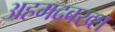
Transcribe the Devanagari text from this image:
अहमदबख्श